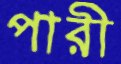
পারী